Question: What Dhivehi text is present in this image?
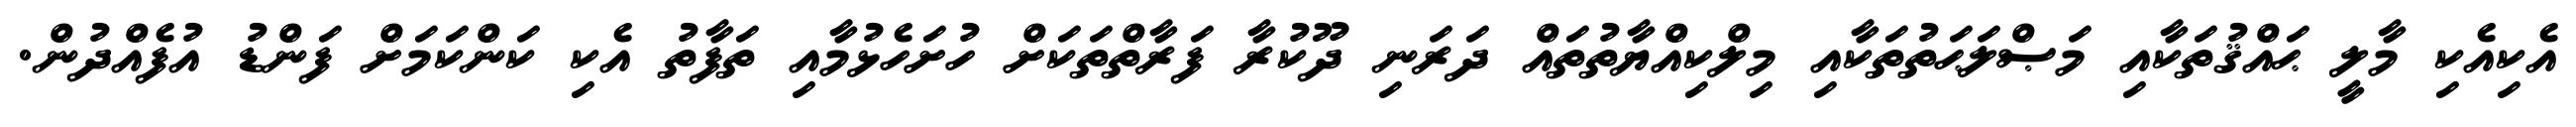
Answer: އެކިއެކި މާލީ ޙައްޤުތަކާއި މަޞްލަޙަތުތަކާއި މިލްކިއްޔާތުތައް ދަރަނި ދޫކުރާ ފަރާތްތަކަށް ހުށަހެޅުމާއި ތަފާތު އެކި ކަންކަމަށް ފަންޑު އުފެއްދުން.